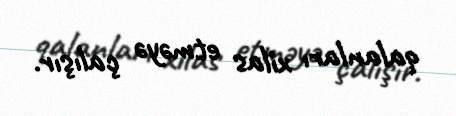
qalanları xilas etməyə çalışır.